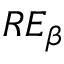
R E _ { \beta }